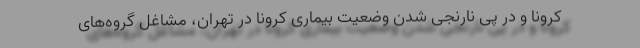
کرونا و در پی نارنجی شدن وضعیت بیماری کرونا در تهران، مشاغل گروه‌های